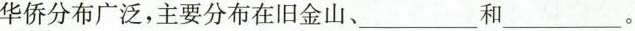
华侨分布广泛，主要分布在旧金山、___和___。